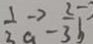
\frac { 1 } { 3 } \overrightarrow { a } - \frac { 2 } { 3 } \overrightarrow { b }